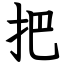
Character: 把